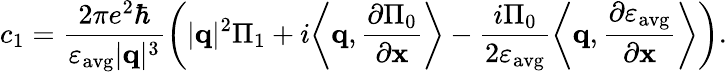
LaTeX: c_{1}=\frac{2\pi e^{2}\hbar}{\varepsilon_{\mathrm{avg}}|\mathbf{q}|^{3}}\bigg(|\mathbf{q}|^{2}\Pi_{1}+i\bigg\langle\mathbf{q},\frac{\partial\Pi_{0}}{\partial\mathbf{x}}\bigg\rangle-\frac{i\Pi_{0}}{2\varepsilon_{\mathrm{avg}}}\bigg\langle\mathbf{q},\frac{\partial\varepsilon_{\mathrm{avg}}}{\partial\mathbf{x}}\bigg\rangle\bigg).